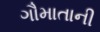
ગૌમાતાની